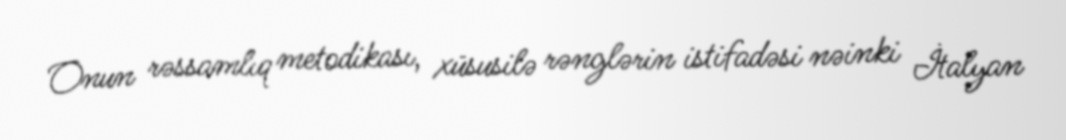
Onun rəssamlıq metodikası, xüsusilə rənglərin istifadəsi nəinki İtalyan